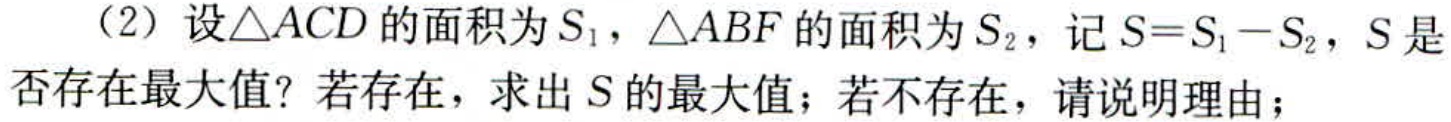
（2）设\(\triangle ACD\)的面积为\(S_{1}\)，\(\triangle ABF\)的面积为\(S_{2}\)，记\(S = S_{1}-S_{2}\)，\(S\)是否存在最大值？若存在，求出\(S\)的最大值；若不存在，请说明理由；